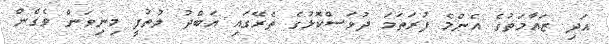
އަދި ޒައާމަތުގެ އެންމެ ފުރަތަމަ ދުވަސްކޮޅުގެ ތެރޭގައި އަބްދު ލުތުފީ މިނިވަން ވެގެން